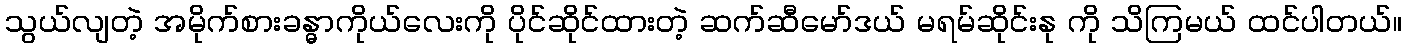
သွယ်လျတဲ့ အမိုက်စားခန္ဓာကိုယ်လေးကို ပိုင်ဆိုင်ထားတဲ့ ဆက်ဆီမော်ဒယ် မရမ်ဆိုင်းနု ကို သိကြမယ် ထင်ပါတယ်။